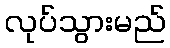
လုပ်သွားမည်